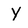
Character: Y